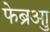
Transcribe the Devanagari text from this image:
फेब्रुआ